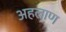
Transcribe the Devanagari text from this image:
अहलाण